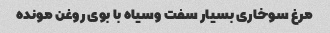
مرغ سوخاری بسیار سفت و‌سیاه با بوی روغن مونده